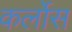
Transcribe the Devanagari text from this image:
कर्लोस